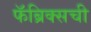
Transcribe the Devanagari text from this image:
फॅब्रिक्सची